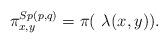
LaTeX: \begin{align*} \pi_{x,y}^{Sp(p,q)} = \pi(\ \lambda(x_{},y_{})).\end{align*}